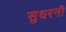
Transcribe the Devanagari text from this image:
सुधरनी